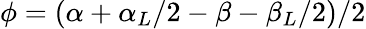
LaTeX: \phi=(\alpha+\alpha_{L}/2-\beta-\beta_{L}/2)/2